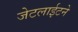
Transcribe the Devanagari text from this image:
जेटलाईटने